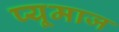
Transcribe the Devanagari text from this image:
प्यूमाज